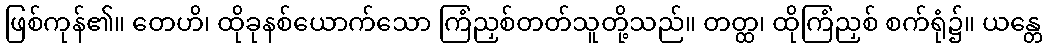
ဖြစ်ကုန်၏။ တေဟိ၊ ထိုခုနစ်ယောက်သော ကြံညှစ်တတ်သူတို့သည်။ တတ္ထ၊ ထိုကြံညှစ် စက်ရုံ၌။ ယန္တေ